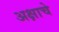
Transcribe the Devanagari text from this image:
अक्षाचे